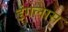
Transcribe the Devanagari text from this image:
इंगलास